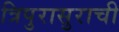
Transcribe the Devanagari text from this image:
त्रिपुरासुराची